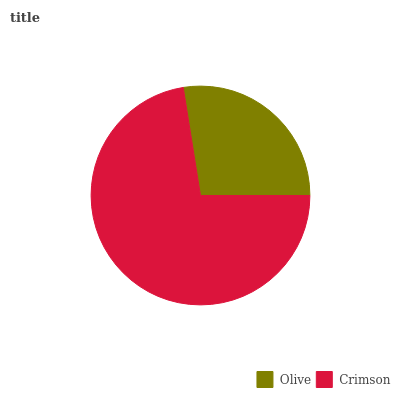
| Olive | Crimson |
 | --- | --- |
 | 27.5% | 72.5% |